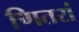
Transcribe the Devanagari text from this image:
णितरां